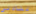
تنادني